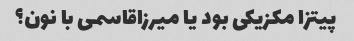
پیتزا مکزیکی بود یا میرزاقاسمی با نون؟